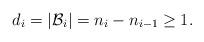
LaTeX: \begin{align*} d_i=|\mathcal{B}_i|=n_i-n_{i-1} \geq 1.\end{align*}